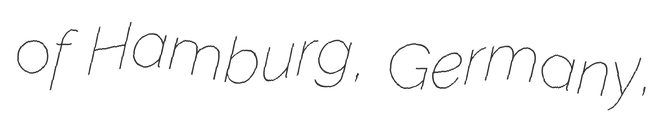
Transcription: of Hamburg, Germany,